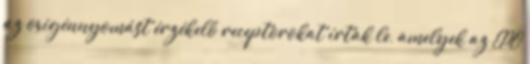
az oxigénnyomást érzékelő receptorokat írtak le, amelyek az EPO